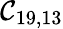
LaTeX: \mathcal{C}_{19,13}